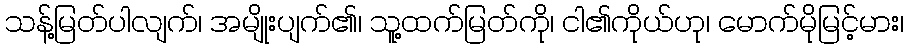
သန့်မြတ်ပါလျက်၊ အမျိုးပျက်၏၊ သူ့ထက်မြတ်ကို၊ ငါ၏ကိုယ်ဟု၊ မောက်မိုမြင့်မား၊